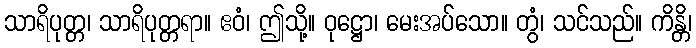
သာရိပုတ္တ၊ သာရိပုတ္တရာ။ ဧဝံ၊ ဤသို့။ ဝုဋ္ဌော၊ မေးအပ်သော။ တွံ၊ သင်သည်။ ကိန္တိ၊